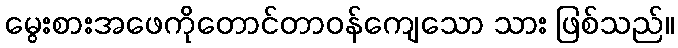
မွေးစားအဖေကိုတောင်တာဝန်ကျေသော သား ဖြစ်သည်။